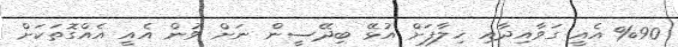
%90 އެއީ ގަވާއިދާއި ޚިލާފަށް އުޅޭ ބިދޭސީން ނަށް ވުން އެއީ އެއްގޮތަަކަށް